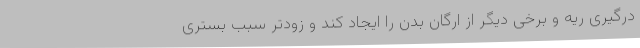
درگیری ریه و برخی دیگر از ارگان بدن را ایجاد کند و زودتر سبب بستری